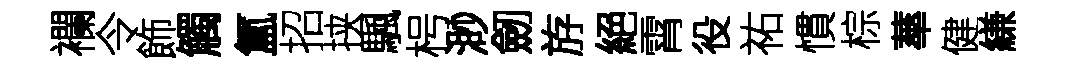
襴令飾觸氲招挟颿枵渺劒斿絕霄役祐慣棕蕐健縑